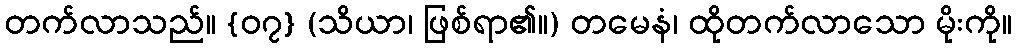
တက်လာသည်။ {၀၇} (သိယာ၊ ဖြစ်ရာ၏။) တမေနံ၊ ထိုတက်လာသော မိုးကို။